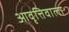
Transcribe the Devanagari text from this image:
आवृत्तिवाला